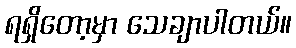
ရရှိတော့မှာ သေချာပါတယ်။